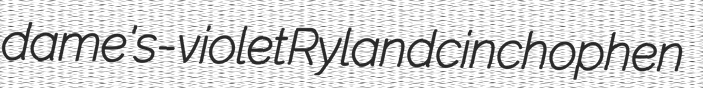
dame's-violet Ryland cinchophen